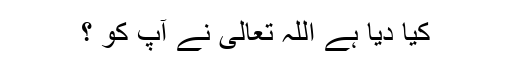
کیا دیا ہے اللہ تعالیٰ نے آپؐ کو ؟